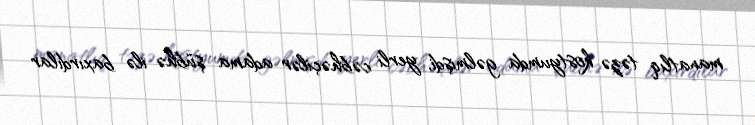
manatlıq təzə kostyumda gəlmişdi, yerli cəbhəçilər adama şübhə ilə baxırdılar